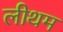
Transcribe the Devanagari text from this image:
लीथम